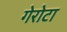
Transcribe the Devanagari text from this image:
गेरोटा